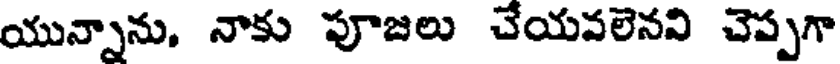
యున్నాను, నాకు పూజలు చేయవలెనవి చెప్పగా